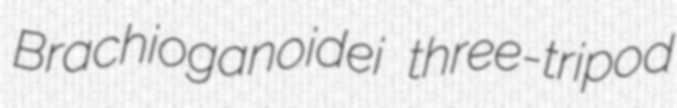
Brachioganoidei three-tripod